Elephants and their diseases
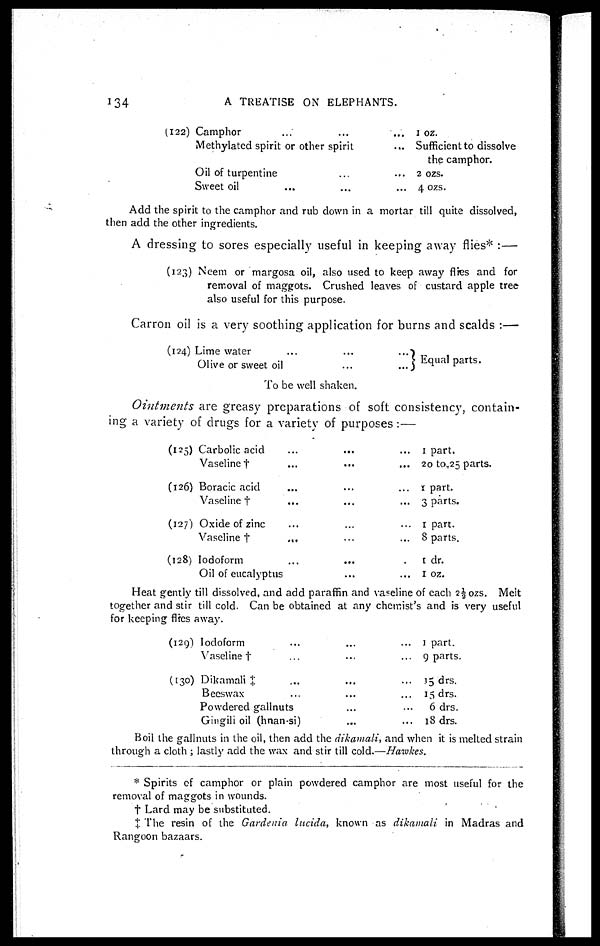
134
A
TREATISE ON ELEPHANTS.
(122) Camphor...
Methylated spirit or other spirit
Oil of turpentine...
Sweet
oil...
1
oz.
Sufficient to dissolve
the camphor.
2 ozs.
4 ozs.
Add the spirit to the camphor and rub down in a mortar till quite dissolved,
then add the other ingredients.
A dressing to sores especially useful in keeping away flies* :—
(123) Neem or margosa oil, also used to keep away fifes and for
removal of maggots. Crushed leaves of custard apple tree
also useful for this purpose.
Carron oil is a very soothing application for burns and scalds :—
(124) Lime water
........
Olive or sweet
oil......
} Equal parts.
To be well shaken.
Ointments
are greasy preparations of soft consistency, contain-
ing a variety of drugs for a variety of purposes :—
(125)
(126)
(127)
(128)
Carbolic acid.........
Vaseline
†.........
Boracic acid.........
Vaseline
†........
Oxide of zinc........
Vaseline
†.........
Iodoform.........
Oil of eucalyptus.........
1 part.
20 to 25 parts.
1 part.
3 parts.
1 part.
8 parts.
1 dr.
1 oz.
Heat gently till dissolved, and add paraffin and vaseline of each 2½ ozs. Melt
together and stir till cold. Can be obtained at any chemist's and is very useful
for keeping fires away.
(129)
(130)
Iodoform...
...
...
Vaseline
†...
... ...
Dikamali
‡...
... ...
Beeswax... ... ...
Powdered gallnuts ... ...
Gingili oil (hnan-si)
...
...
1 part.
9 parts.
15 drs.
15 drs.
6 drs.
18 drs.
Boil the gallnuts in the oil, then add the dikamali, and when it is melted strain
through a cloth ; lastly add the wax and stir till cold.—Hawkes.
* Spirits of camphor or plain powdered camphor are most useful for the
removal of maggots in wounds.
† Lard may be substituted.
‡ The resin of the Gardenia lucida, known as dikamali in Madras and
Rangoon bazaars.